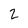
Character: 2